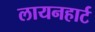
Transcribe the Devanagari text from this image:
लायनहार्ट